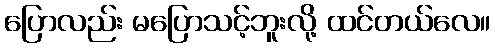
ပြောလည်း မပြောသင့်ဘူးလို့ ထင်တယ်လေ။